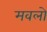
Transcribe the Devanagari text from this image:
मवलो